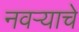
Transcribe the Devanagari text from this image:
नवऱ्याचे